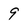
Character: 9